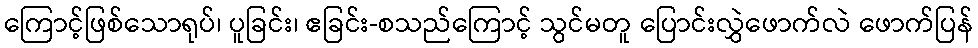
ကြောင့်ဖြစ်သောရုပ်၊ ပူခြင်း၊ ဧခြင်း-စသည်ကြောင့် သွင်မတူ ပြောင်းလွှဲဖောက်လဲ ဖောက်ပြန်